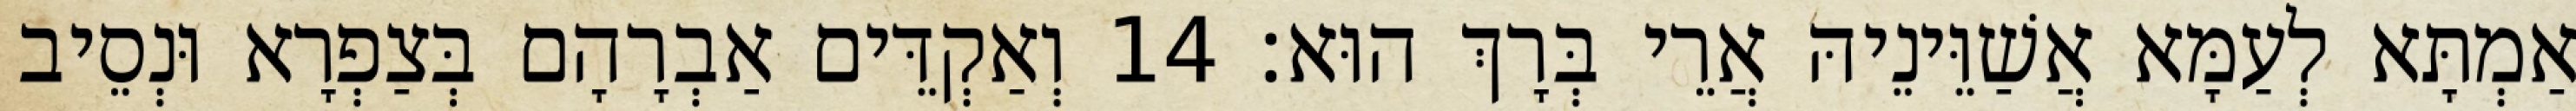
אַמְתָּא לְעַמָּא אֲשַׁוֵּינֵיהּ אֲרֵי בְּרָךְ הוּא׃ 14 וְאַקְדֵּים אַבְרָהָם בְּצַפְרָא וּנְסֵיב